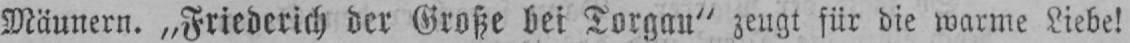
Mäunern. „Friederich der Große bei Torgan“ zeugt für die warme Liebe!